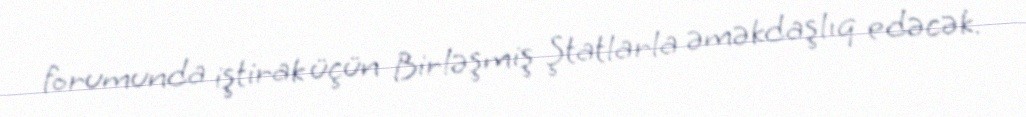
forumunda iştirak üçün Birləşmiş Ştatlarla əməkdaşlıq edəcək.